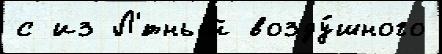
с из Л'́тный возду́шного